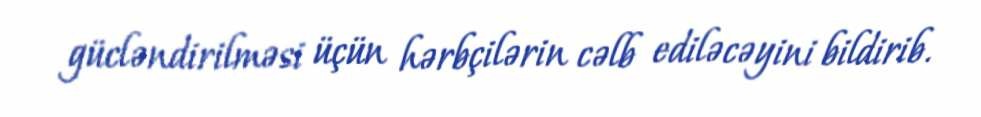
gücləndirilməsi üçün hərbçilərin cəlb ediləcəyini bildirib.